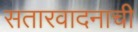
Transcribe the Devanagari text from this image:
सतारवादनाची